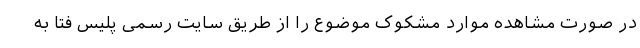
در صورت مشاهده موارد مشکوک موضوع را از طریق سایت رسمی پلیس فتا به